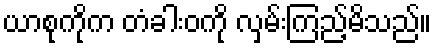
ယာစုကိုက တံခါးဝကို လှမ်းကြည့်မိသည်။